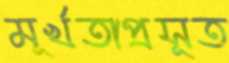
মূর্খতাপ্রসূত